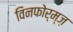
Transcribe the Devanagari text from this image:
विनफोर्म्ज़